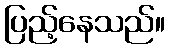
ပြည့်နေသည်။